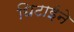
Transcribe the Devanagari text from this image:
धिटाईने